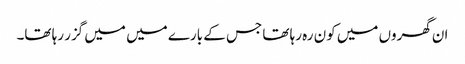
ان گھروں میں کون رہ رہا تھا جس کے بارے میں میں گزر رہا تھا۔